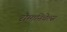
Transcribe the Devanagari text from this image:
रोमानिचेल्स